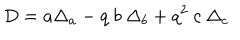
LaTeX: D = a \Delta _ { a } - q \ b \ \Delta _ { b } + q ^ { 2 } \ c \ \Delta _ { c }